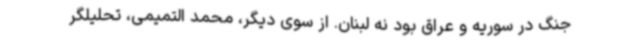
جنگ در سوریه و عراق بود نه لبنان. از سوی دیگر، محمد التمیمی، تحلیلگر